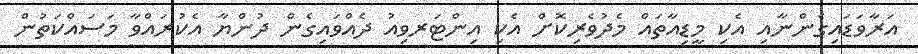
އަރާވަޑައިގެންނާއި އެކި މީޑިއާތައް މެދުވެރިކޮށް އެކި އިންޓަރވިއު ދެއްވައިގެން ދުންޔާ އެކުރައްވާ މަސައްކަތުން